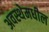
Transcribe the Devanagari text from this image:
अवस्थेमधील